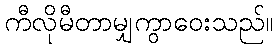
ကီလိုမီတာမျှကွာဝေးသည်။